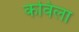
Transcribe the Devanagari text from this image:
कविला